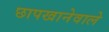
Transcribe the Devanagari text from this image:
छापखानेवाले